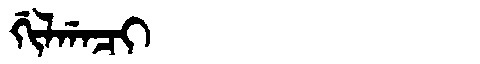
Manchu: ᡤᡳᠯᡤᠠᠴᡳ
Romanization: GILGACI